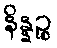
နိန္နဉ္စ